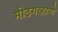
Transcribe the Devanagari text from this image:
मीठगव्हाणे